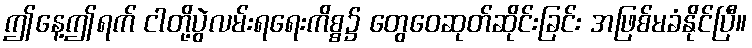
ဤနေ့ဤရက် ငါတို့ပွဲလမ်းရရေးကိစ္စ၌ တွေဝေဆုတ်ဆိုင်းခြင်း အဖြစ်မခံနိုင်ပြီ။